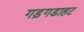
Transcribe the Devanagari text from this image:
गड़गडाहट